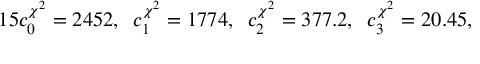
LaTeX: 1 5 c _ { 0 } ^ { \chi ^ { 2 } } = 2 4 5 2 , \; \; c _ { 1 } ^ { \chi ^ { 2 } } = 1 7 7 4 , \; \; c _ { 2 } ^ { \chi ^ { 2 } } = 3 7 7 . 2 , \; \; c _ { 3 } ^ { \chi ^ { 2 } } = 2 0 . 4 5 ,